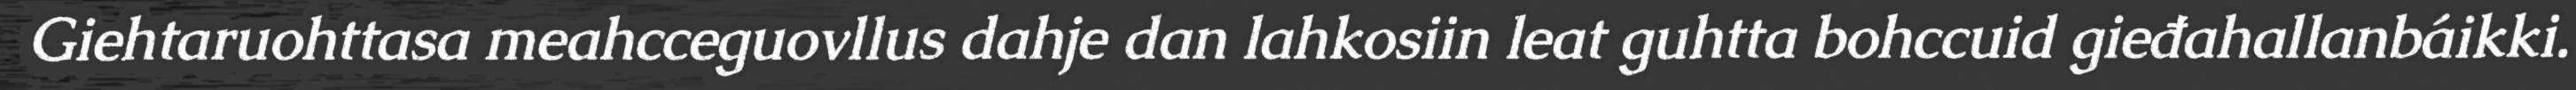
Giehtaruohttasa meahcceguovllus dahje dan lahkosiin leat guhtta bohccuid gieđahallanbáikki.